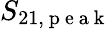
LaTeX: S_{21,\mathrm{~p~e~a~k~}}